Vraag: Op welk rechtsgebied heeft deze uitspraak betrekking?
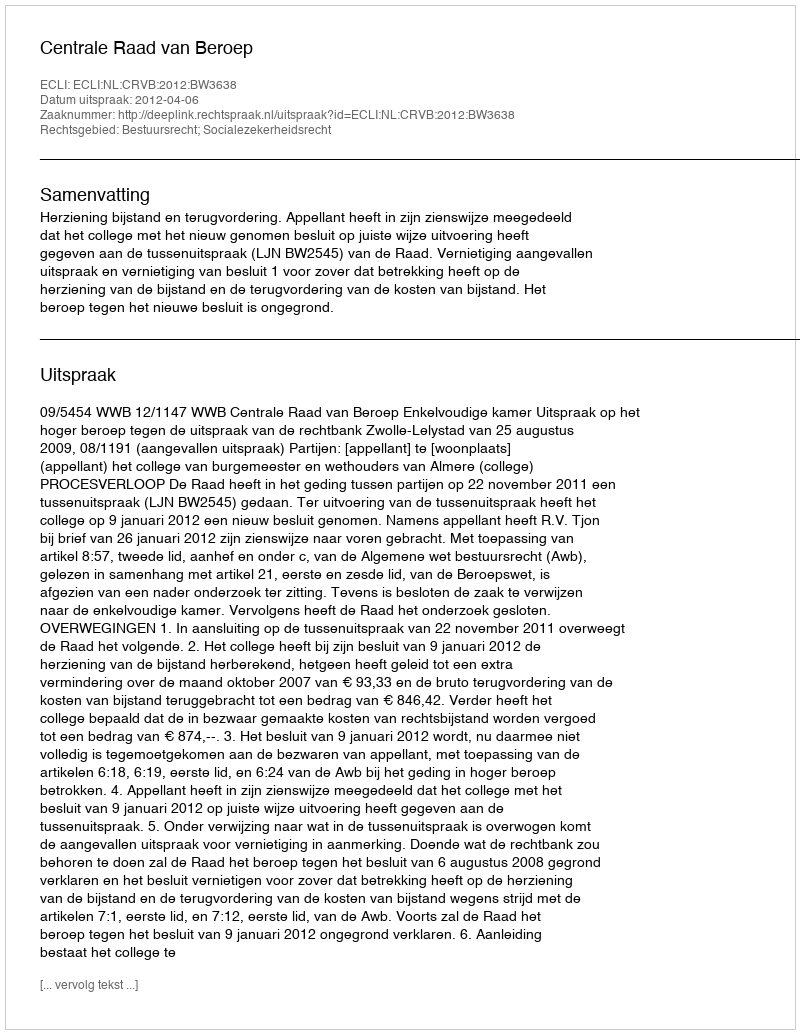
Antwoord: Bestuursrecht; Socialezekerheidsrecht